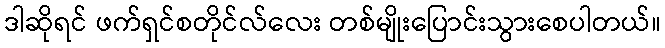
ဒါဆိုရင် ဖက်ရှင်စတိုင်လ်လေး တစ်မျိုးပြောင်းသွားစေပါတယ်။